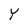
Character: Y